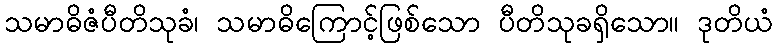
သမာဓိဇံပီတိသုခံ၊ သမာဓိကြောင့်ဖြစ်သော ပီတိသုခရှိသော။ ဒုတိယံ